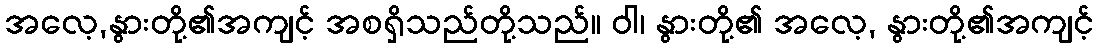
အလေ့,နွားတို့၏အကျင့် အစရှိသည်တို့သည်။ ဝါ၊ နွားတို့၏ အလေ့, နွားတို့၏အကျင့်